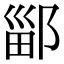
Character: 䣎